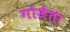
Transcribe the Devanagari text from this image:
गोजेता